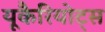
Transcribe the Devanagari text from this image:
यूकैरियोट्स